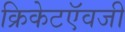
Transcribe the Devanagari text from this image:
क्रिकेटऍवजी